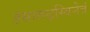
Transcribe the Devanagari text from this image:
हंसारूढ़स्विनेत्रं